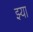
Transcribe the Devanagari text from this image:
झ्या